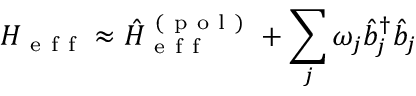
H _ { \mathrm { ~ e ~ f ~ f ~ } } \approx \hat { H } _ { \mathrm { ~ e ~ f ~ f ~ } } ^ { \mathrm { ~ ( ~ p ~ o ~ l ~ ) ~ } } + \sum _ { j } \omega _ { j } \hat { b } _ { j } ^ { \dagger } \hat { b } _ { j }